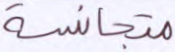
متجانسة